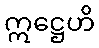
ဣဋ္ဌေဟိ